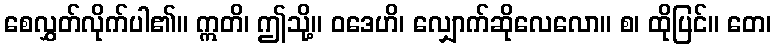
စေလွှတ်လိုက်ပါ၏။ ဣတိ၊ ဤသို့။ ဝဒေဟိ၊ လျှောက်ဆိုလေလော။ စ၊ ထိုပြင်။ တေ၊